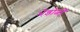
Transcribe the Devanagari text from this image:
भेंडोळी